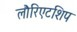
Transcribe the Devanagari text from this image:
लौरिएटशिप